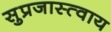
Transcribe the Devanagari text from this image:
सुप्रजास्त्वाय